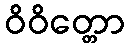
ဝိဝိတ္တော